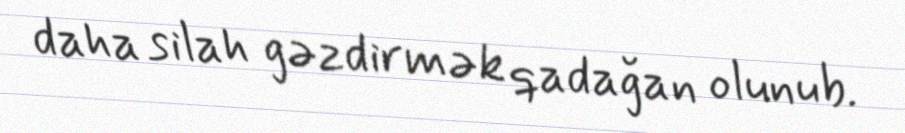
daha silah gəzdirmək qadağan olunub.